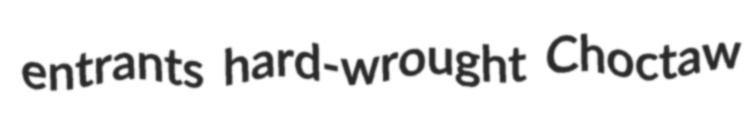
entrants hard-wrought Choctaw